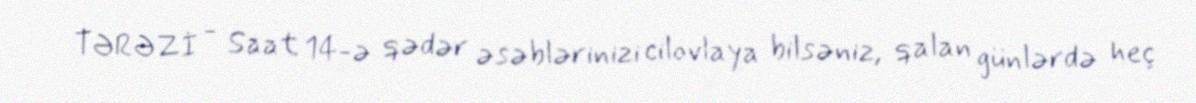
TƏRƏZİ - Saat 14-ə qədər əsəblərinizi cilovlaya bilsəniz, qalan günlərdə heç